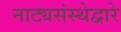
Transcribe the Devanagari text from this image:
नाट्यसंस्थेद्वारे